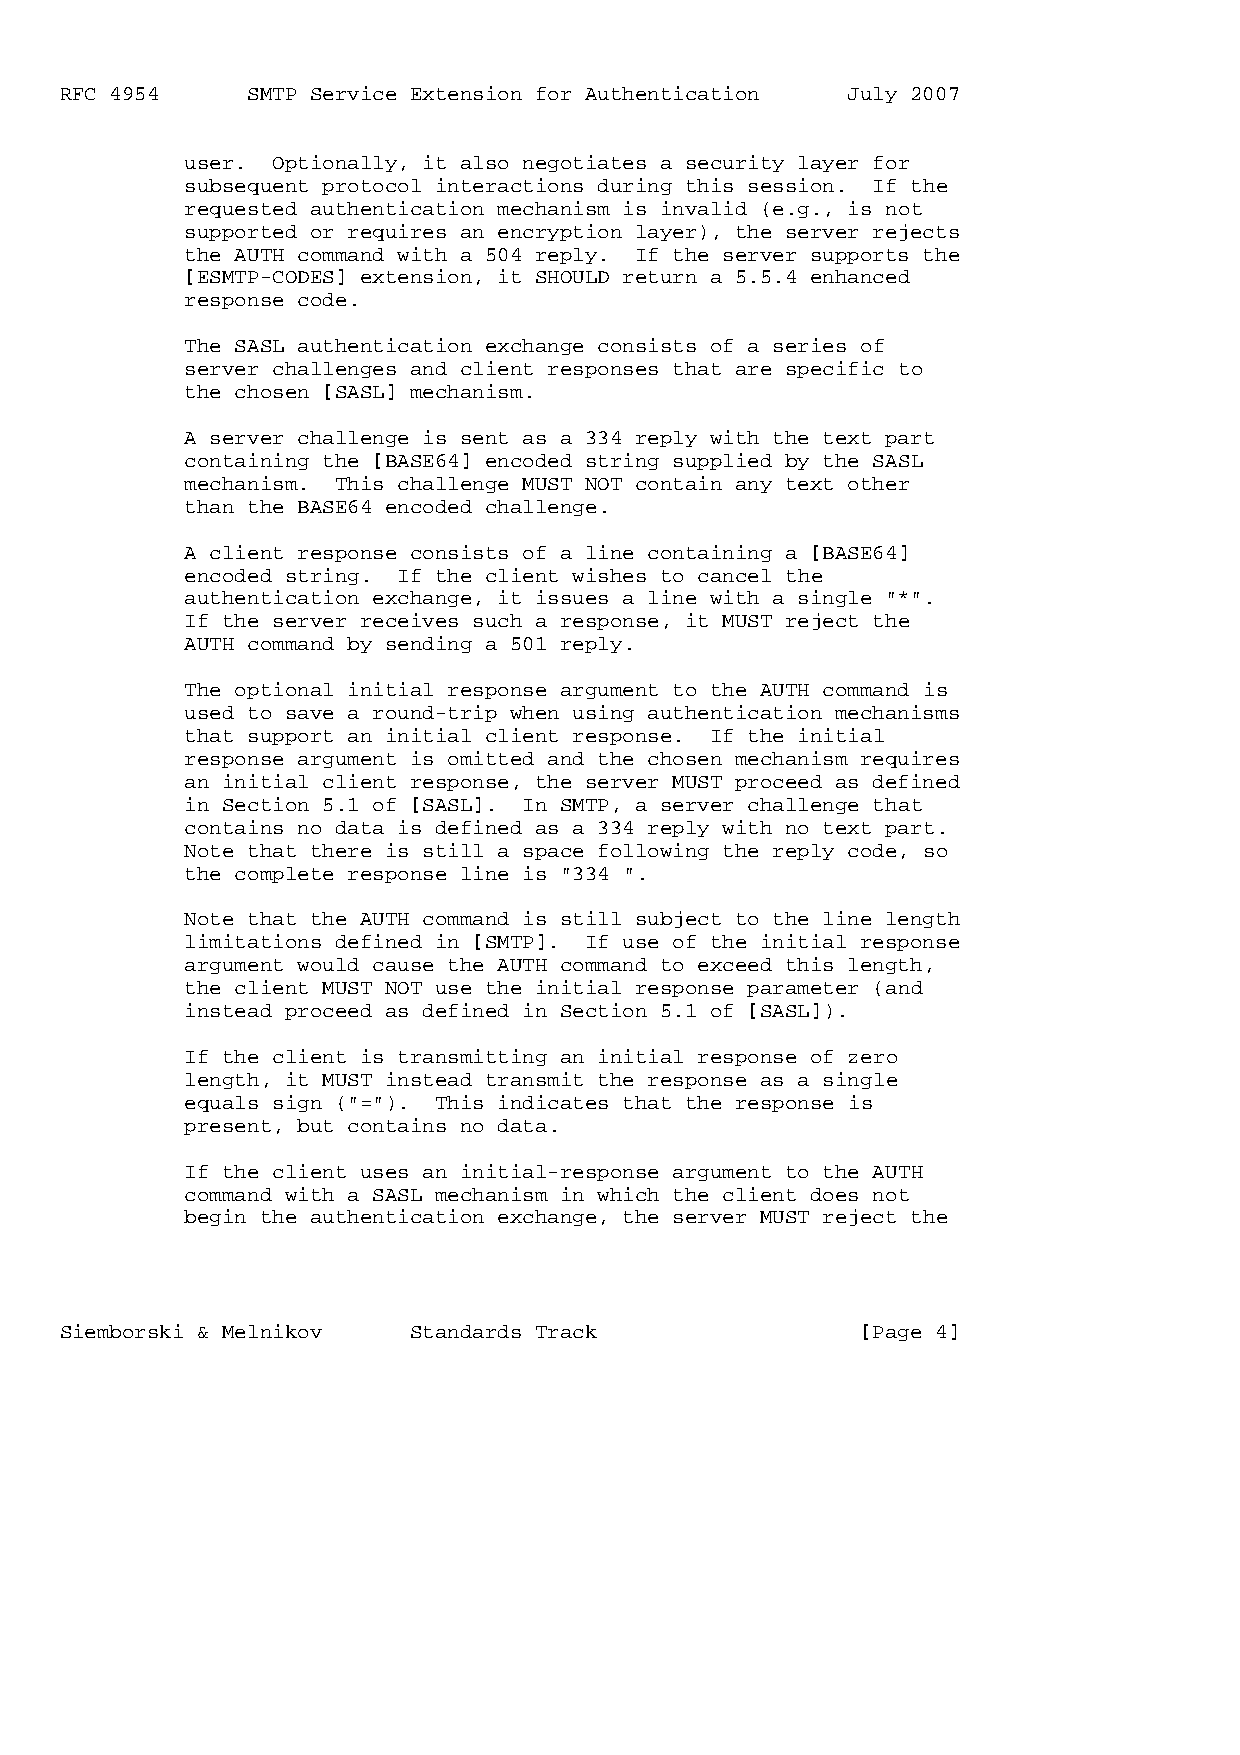
RFC 4954    SMTP Service Extension for Authentication July 2007
 user. Optionally, it also negotiates a security layer for
 subsequent protocol interactions during this session. If the
 requested authentication mechanism is invalid (e.g., is not
 supported or requires an encryption layer), the server rejects
 the AUTH command with a 504 reply. If the server supports the
 [ESMTP-CODES] extension, it SHOULD return a 5.5.4 enhanced
 response code.
 The SASL authentication exchange consists of a series of
 server challenges and client responses that are specific to
 the chosen [SASL] mechanism.
 A server challenge is sent as a 334 reply with the text part
 containing the [BASE64] encoded string supplied by the SASL
 mechanism. This challenge MUST NOT contain any text other
 than the BASE64 encoded challenge.
 A client response consists of a line containing a [BASE64]
 encoded string. If the client wishes to cancel the
 authentication exchange, it issues a line with a single "*".
 If the server receives such a response, it MUST reject the
 AUTH command by sending a 501 reply.
 The optional initial response argument to the AUTH command is
 used to save a round-trip when using authentication mechanisms
 that support an initial client response. If the initial
 response argument is omitted and the chosen mechanism requires
 an initial client response, the server MUST proceed as defined
 in Section 5.1 of [SASL]. In SMTP, a server challenge that
 contains no data is defined as a 334 reply with no text part.
 Note that there is still a space following the reply code, so
 the complete response line is "334 ".
 Note that the AUTH command is still subject to the line length
 limitations defined in [SMTP]. If use of the initial response
 argument would cause the AUTH command to exceed this length,
 the client MUST NOT use the initial response parameter (and
 instead proceed as defined in Section 5.1 of [SASL]).
 If the client is transmitting an initial response of zero
 length, it MUST instead transmit the response as a single
 equals sign ("="). This indicates that the response is
 present, but contains no data.
 If the client uses an initial-response argument to the AUTH
 command with a SASL mechanism in which the client does not
 begin the authentication exchange, the server MUST reject the
 Siemborski & Melnikov  Standards Track               [Page 4]